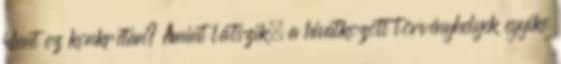
jelent ez konkrétan? Amint látszik, a hivatkozott törvényhelyek egyike